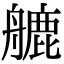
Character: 𦪇